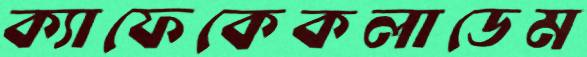
ক্যাফেকেকলাডেম